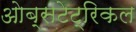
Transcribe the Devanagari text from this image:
ओब्सटेट्रिकल